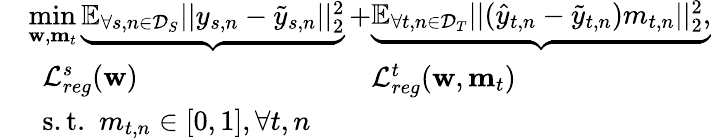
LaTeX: \begin{array}{rl}&{\begin{array}{l}{\underset{\mathbf{w},\mathbf{m}_{t}}{\mathop{\operatorname*{min}}}\underbrace{{\mathbb{E}}_{\forall s,n\in\mathcal{D}_{S}}||y_{s,n}-\tilde{y}_{s,n}||_{2}^{2}}+}\\ {~~{\mathcal{L}_{reg}^{s}(\mathbf{w})}}\end{array}\begin{array}{l}{\underbrace{{\mathbb{E}}_{\forall t,n\in\mathcal{D}_{T}}||(\hat{y}_{t,n}-\tilde{y}_{t,n})m_{t,n}||_{2}^{2},}}\\ {{\mathcal{L}_{reg}^{t}(\mathbf{w},\mathbf{m}_{t})}}\end{array}}\\ &{~~\mathrm{s.t.}~~m_{t,n}\in[0,1],\forall t,n}\end{array}